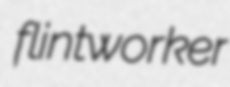
flintworker